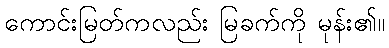
ကောင်းမြတ်ကလည်း မြခက်ကို မုန်း၏။